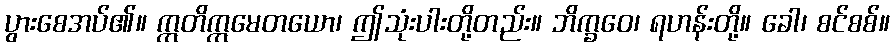
ပွားစေအပ်၏။ ဣတိဣမေတယော၊ ဤသုံးပါးတို့တည်း။ ဘိက္ခဝေ၊ ရဟန်းတို့။ ခေါ၊ စင်စစ်။